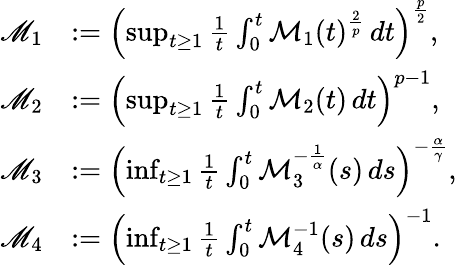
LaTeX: \begin{array}{rl}{\mathscr{M}_{1}}&{:=\left(\operatorname*{sup}_{t\geq 1}\frac{1}{t}\int_{0}^{t}\mathcal{M}_{1}(t)^{\frac 2p}\, dt\right)^{\frac p2},}\\ {\mathscr{M}_{2}}&{:=\left(\operatorname*{sup}_{t\geq 1}\frac{1}{t}\int_{0}^{t}\mathcal{M}_{2}(t)\, dt\right)^{p-1},}\\ {\mathscr{M}_{3}}&{:=\left(\operatorname*{inf}_{t\geq 1}\frac{1}{t}\int_{0}^{t}\mathcal{M}_{3}^{-\frac{1}{\alpha}}(s)\, ds\right)^{-\frac{\alpha}{\gamma}},}\\ {\mathscr{M}_{4}}&{:=\left(\operatorname*{inf}_{t\geq 1}\frac{1}{t}\int_{0}^{t}\mathcal{M}_{4}^{-1}(s)\, ds\right)^{-1}.}\end{array}